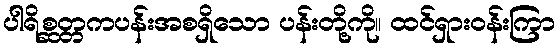
ပါရိစ္ဆတ္တကပန်းအစရှိသော ပန်းတို့ကို။ ထင်ရှားဝန်းကြာ